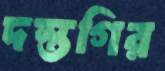
দস্তগির